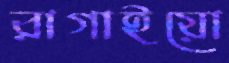
রাগাইয়ো